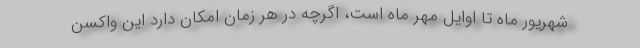
شهریور ماه تا اوایل مهر ماه است، اگرچه در هر زمان امکان دارد این واکسن